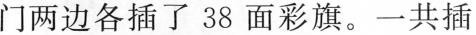
门两边各插了38面彩旗。